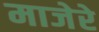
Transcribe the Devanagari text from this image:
माजेरे